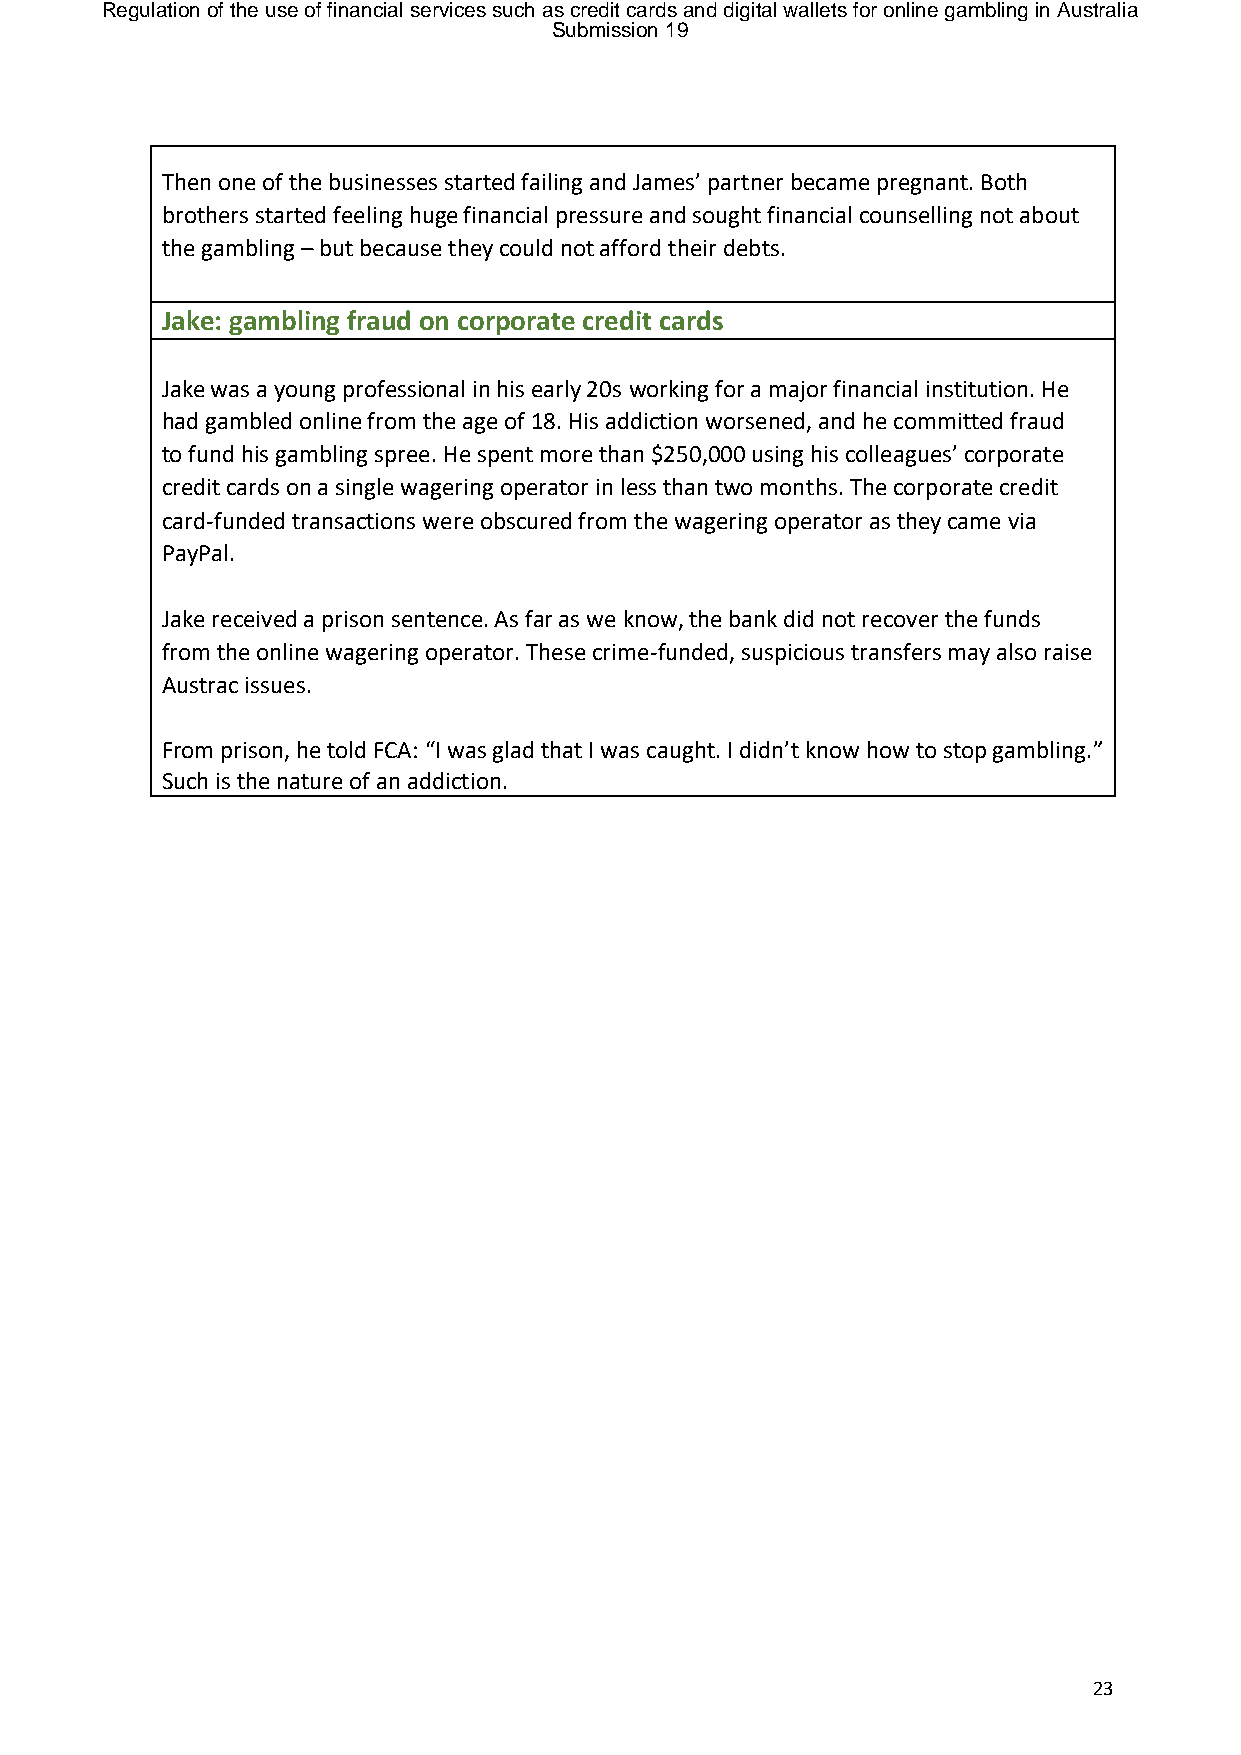
Regulation of the use of financial services such as credit cards and digital wallets for online gambling in Australia
 Submission 19
 Then one of the businesses started failing and James’ partner became pregnant. Both
 brothers started feeling huge financial pressure and sought financial counselling not about
 the gambling – but because they could not afford their debts.
 Jake: gambling fraud on corporate credit cards
 Jake was a young professional in his early 20s working for a major financial institution. He
 had gambled online from the age of 18. His addiction worsened, and he committed fraud
 to fund his gambling spree. He spent more than $250,000 using his colleagues’ corporate
 credit cards on a single wagering operator in less than two months. The corporate credit
 card-funded transactions were obscured from the wagering operator as they came via
 PayPal.
 Jake received a prison sentence. As far as we know, the bank did not recover the funds
 from the online wagering operator. These crime-funded, suspicious transfers may also raise
 Austrac issues.
 From prison, he told FCA: “I was glad that I was caught. I didn’t know how to stop gambling.”
 Such is the nature of an addiction.
 23